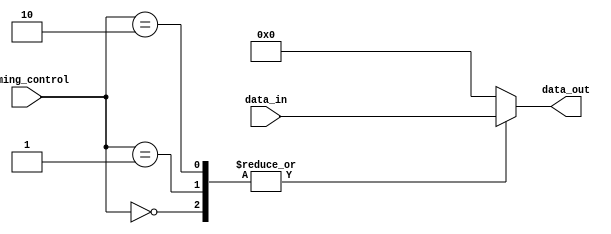
module mux_delay (
    input [1:0] timing_control,
    input [7:0] data_in,
    output reg [7:0] data_out
);

reg [7:0] delay1, delay2, delay3; // Define delay values for delay elements

always @*
    begin
        case (timing_control)
            2'b00: 
                begin
                    #10 delay1 = data_in; // Set delay value based on timing control signal
                    data_out = delay1; // Output data after delay1
                end
            2'b01: 
                begin
                    #20 delay2 = data_in; // Set delay value based on timing control signal
                    data_out = delay2; // Output data after delay2
                end
            2'b10: 
                begin
                    #30 delay3 = data_in; // Set delay value based on timing control signal
                    data_out = delay3; // Output data after delay3
                end
            default: data_out = 8'b0; // Default output
        endcase
    end

endmodule